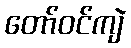
တော်ဝင်ကျဲ